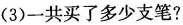
(3)一共买了多少支笔?